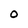
Character: 0